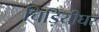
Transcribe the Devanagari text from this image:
चिड़ियीघर